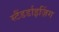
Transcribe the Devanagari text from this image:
स्टैंडर्डाइज़िंग